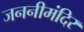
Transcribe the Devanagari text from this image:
जननीमंदिर